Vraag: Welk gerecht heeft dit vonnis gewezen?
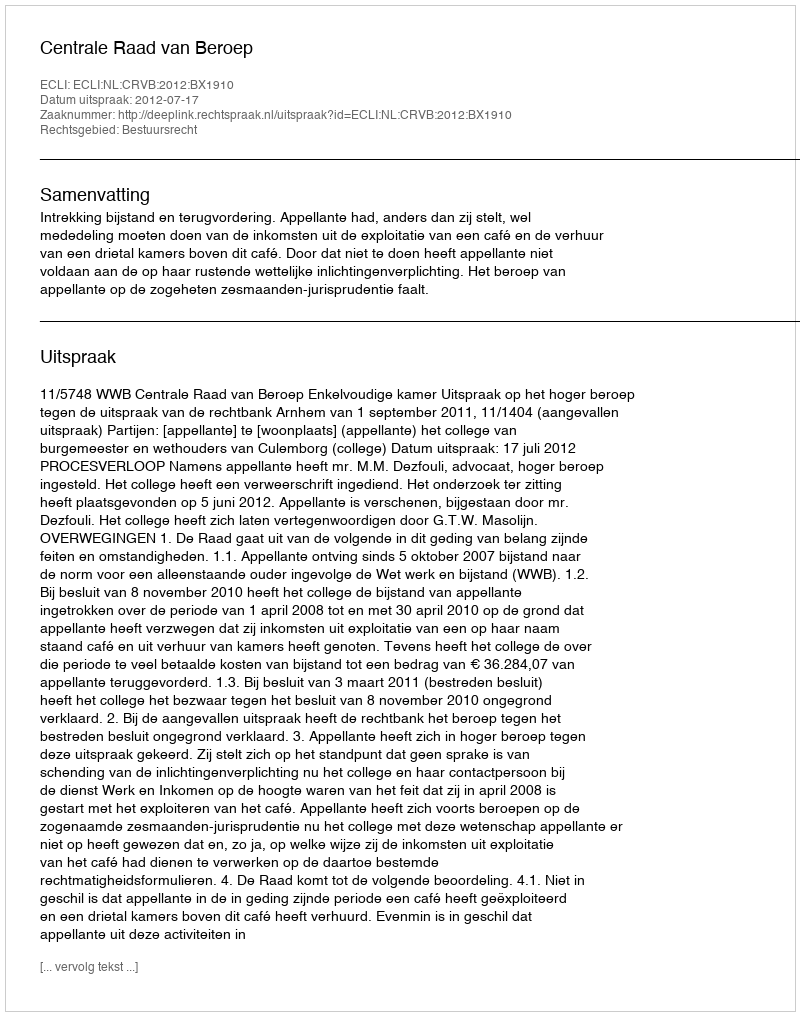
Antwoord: Centrale Raad van Beroep